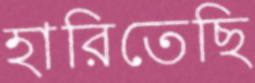
হারিতেছি